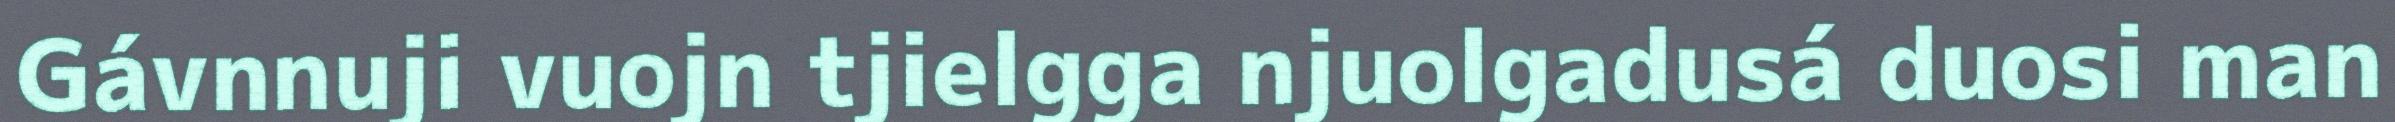
Gávnnuji vuojn tjielgga njuolgadusá duosi man